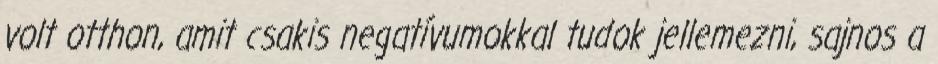
volt otthon, amit csakis negatívumokkal tudok jellemezni, sajnos a